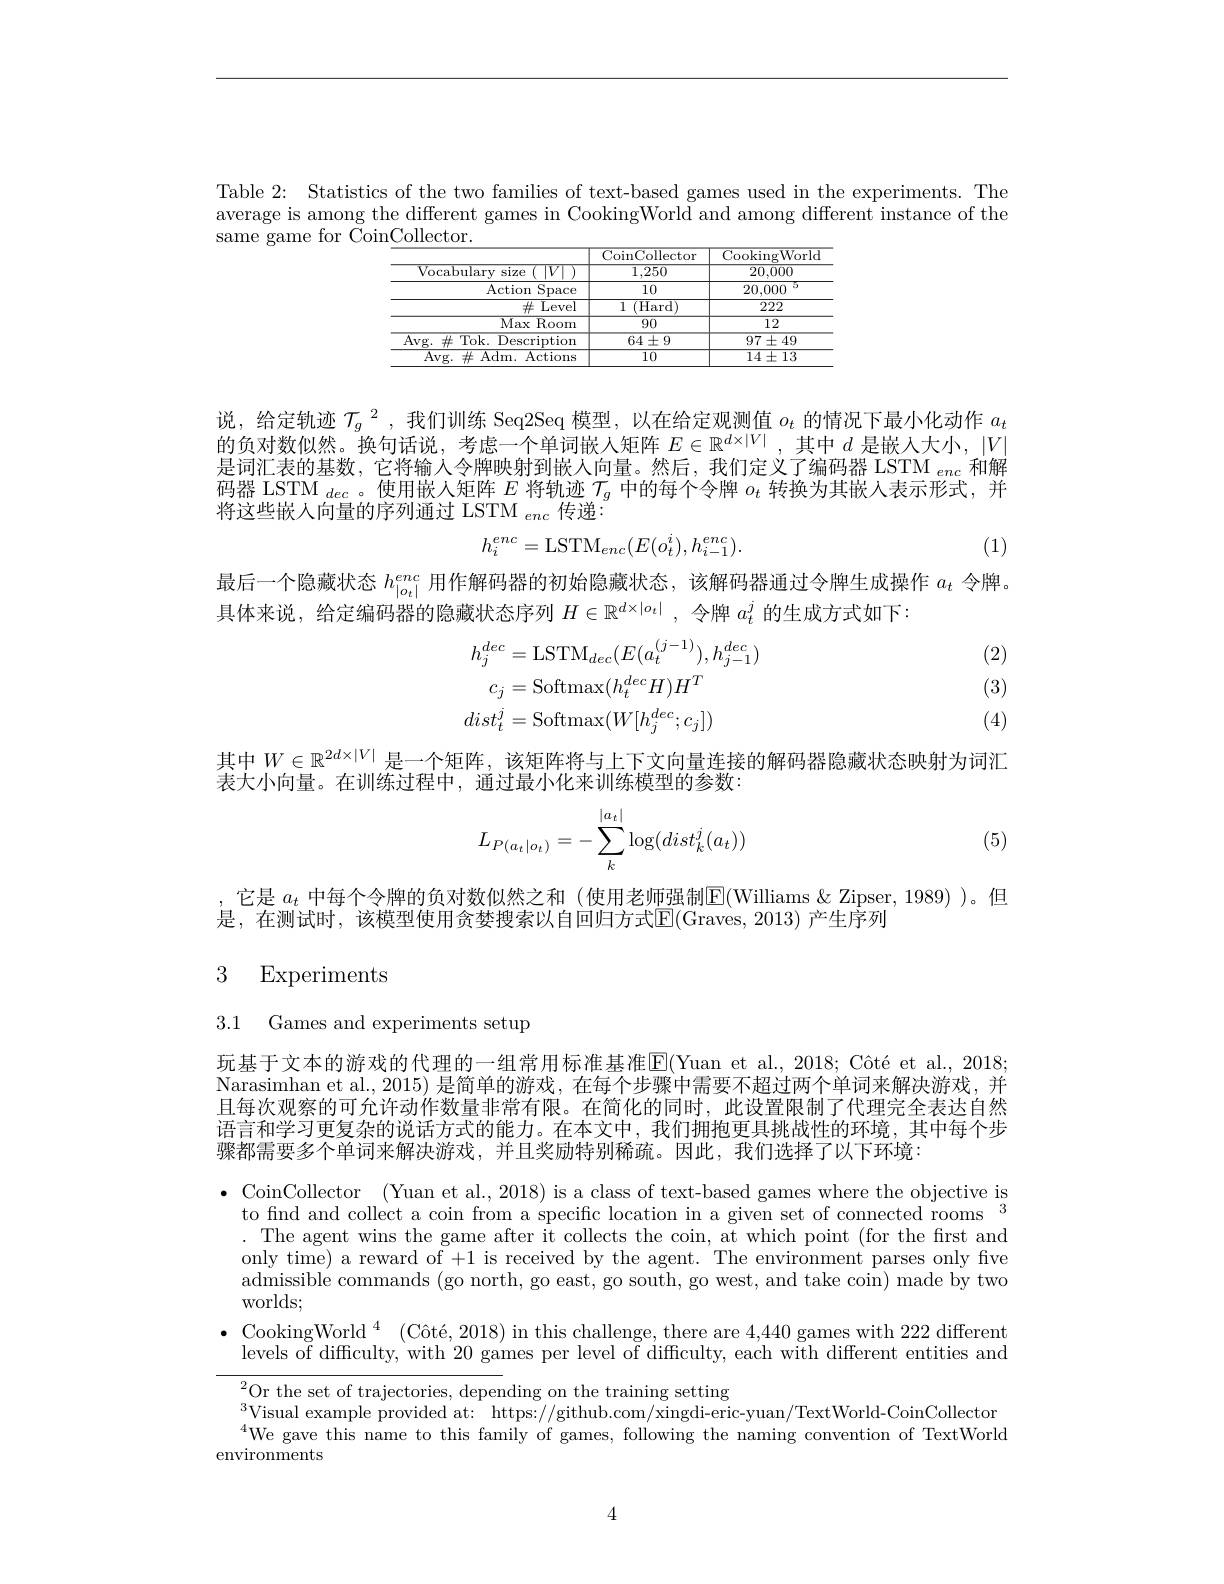
Table 2: Statistics of the two families of text-based games used in the experiments. The average is among the different games in CookingWorld and among different instance of the same game for Coin$\underline\text{Collector}.$

<table>
	<tbody>
		<tr>
			<th> </th>
			<th>CoinCollector</th>
			<th>CookingWorld</th>
		</tr>
		<tr>
			<td>Vocabularv size $\frac{1}{2}$</td>
			<td>1,250</td>
			<td>20,000</td>
		</tr>
		<tr>
			<td>Action Space</td>
			<td>10</td>
			<td>20,000</td>
		</tr>
		<tr>
			<td>$\#$Level</td>
			<td>1 $\overline{(\mathrm{Hard})}$</td>
			<td>222</td>
		</tr>
		<tr>
			<td>Max Room</td>
			<td>90</td>
			<td>$\overline{12}$</td>
		</tr>
		<tr>
			<td>$\overline{\mathrm{Avg.~\#}}$ Tok. Description</td>
			<td>$64\pm9$</td>
			<td>$\overline{97\pm49}$</td>
		</tr>
		<tr>
			<td>Avg. $\#$ Adm. Actions</td>
			<td>10</td>
			<td>$14\pm13$</td>
		</tr>
	</tbody>
</table>

说，给定轨迹$\mathcal{T}_g^2$,我们训练 Seq2Seq 模型，以在给定观测值$o_t$的情况下最小化动作$a_t$ 的负对数似然。换句话说，考虑一个单词嵌人矩阵$E\in\mathbb{R}^{d\times|V|}$ ,其中$d$是嵌人大小，$|V|$ 是词汇表的基数，它将输入令牌映射到嵌人向量。然后，我们定义了编码器 LSTM $_{enc}$和解码器 LSTM $_dec$。使用嵌人矩阵$E$将轨迹$\mathcal{T}_g$中的每个令牌$o_t$转换为其嵌入表示形式，并将这些嵌人向量的序列通过 LSTM $_enc$传递：
$$h_i^{enc}=\mathrm{LSTM}_{enc}(E(o_t^i),h_{i-1}^{enc}).$$
(1)

最后一个隐藏状态$h_|_{o_t|}^{enc}$用作解码器的初始隐藏状态，该解码器通过令牌生成操作$a_t$令牌。
具体来说，给定编码器的隐藏状态序列$H\in\mathbb{R}^{d\times|o_t|}$,令牌$a_t^j$的生成方式如下：

(2)
$$\begin{aligned}h_{j}^{dec}&=\mathrm{LSTM}_{dec}(E(a_{t}^{(j-1)}),h_{j-1}^{dec})\\c_{j}&=\mathrm{Softmax}(h_{t}^{dec}H)H^{T}\\dist_{t}^{j}&=\mathrm{Softmax}(W[h_{j}^{dec};c_{j}])\end{aligned}$$
(3)

(4)

其中$W\in\mathbb{R}^{2d\times|V|}$是一个矩阵，该矩阵将与上下文向量连接的解码器隐藏状态映射为词汇
表大小向量。在训练过程中，通过最小化来训练模型的参数：
$$L_{P(a_t|o_t)}=-\sum_{k}^{|a_t|}\log(dist_k^j(a_t))$$
(5)

它是 $a_t$ 中每个令牌的负对数似然之和 (使用老师强制$\overline{\mathrm{E}}($Williams &Zipser, 1989) )。但
是，在测试时，该模型使用贪婪搜索以自回归方式E(Graves,2013)产生序列

## 3 Experiments

3.1 Games and experiments setup

玩基于文本的游戏的代理的一组常用标准基准$\operatorname{E}($Yuan et al., 2018; Côté et al., 2018; Narasimhan et al., 2015) 是简单的游戏，在每个步骤中需要不超过两个单词来解决游戏，并且每次观察的可允许动作数量非常有限。在简化的同时，此设置限制了代理完全表达自然语言和学习更复杂的说话方式的能力。在本文中，我们拥抱更具挑战性的环境，其中每个步骤都需要多个单词来解决游戏，并且奖励特别稀疏。因此，我们选择了以下环境：

$\bullet$ CoinCollector (Yuan et al., 2018) is a class of text-based games where the objective is
to find and collect a coin from a specific location in a given set of connected rooms $^{3}$ . The agent wins the game after it collects the coin, at which point (for the first and only time) a reward of +1 is received by the agent. The environment parses only five $\begin{array}{c}\mathrm{admissible~commands~(go~north,~go~east,~go~south,~go~west,~and~take~coin)~made~by~two}\end{array}$ worlds;
$\bullet$ CookingWorld$^4$ $( \text{C\^ {o}t\' {e}, 2018) inthischallenge, thereare}4, 440$ games with 222 different
levels of difficulty, with 20 games per level of difficulty, each with different entities and
$^{2}$Or the set of trajectories, depending on the training setting
$^{3}$Visual example provided at: https://github.com/xingdi-eric-yuan/TextWorld-CoinCollector $^{4}$We gave this name to this family of games, following the naming convention of TextWorld
environments

4